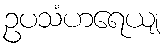
ဥပသံဟရေယျ